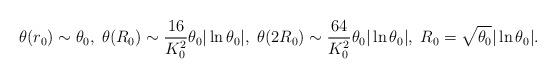
LaTeX: \begin{align*}\theta(r_0) \sim \theta_0, \; \theta(R_0) \sim \frac{16}{K_0^2}\theta_0|\ln \theta_0|, \; \theta(2R_0) \sim \frac{64}{K_0^2}\theta_0|\ln \theta_0|, \; R_0 = \sqrt{\theta_0}|\ln \theta_0|.\end{align*}